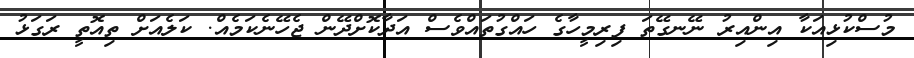
މުސްކުޅިއަކާ އިންއިރު ނޭނގޭތަ ފިރިމީހާގެ ހައްގުތައްވެސް އަދާކޮށްދޭން ޖެހޭނެކަމެއް. ކަލެއަށް ތިއޮތީ ރަގަޅު